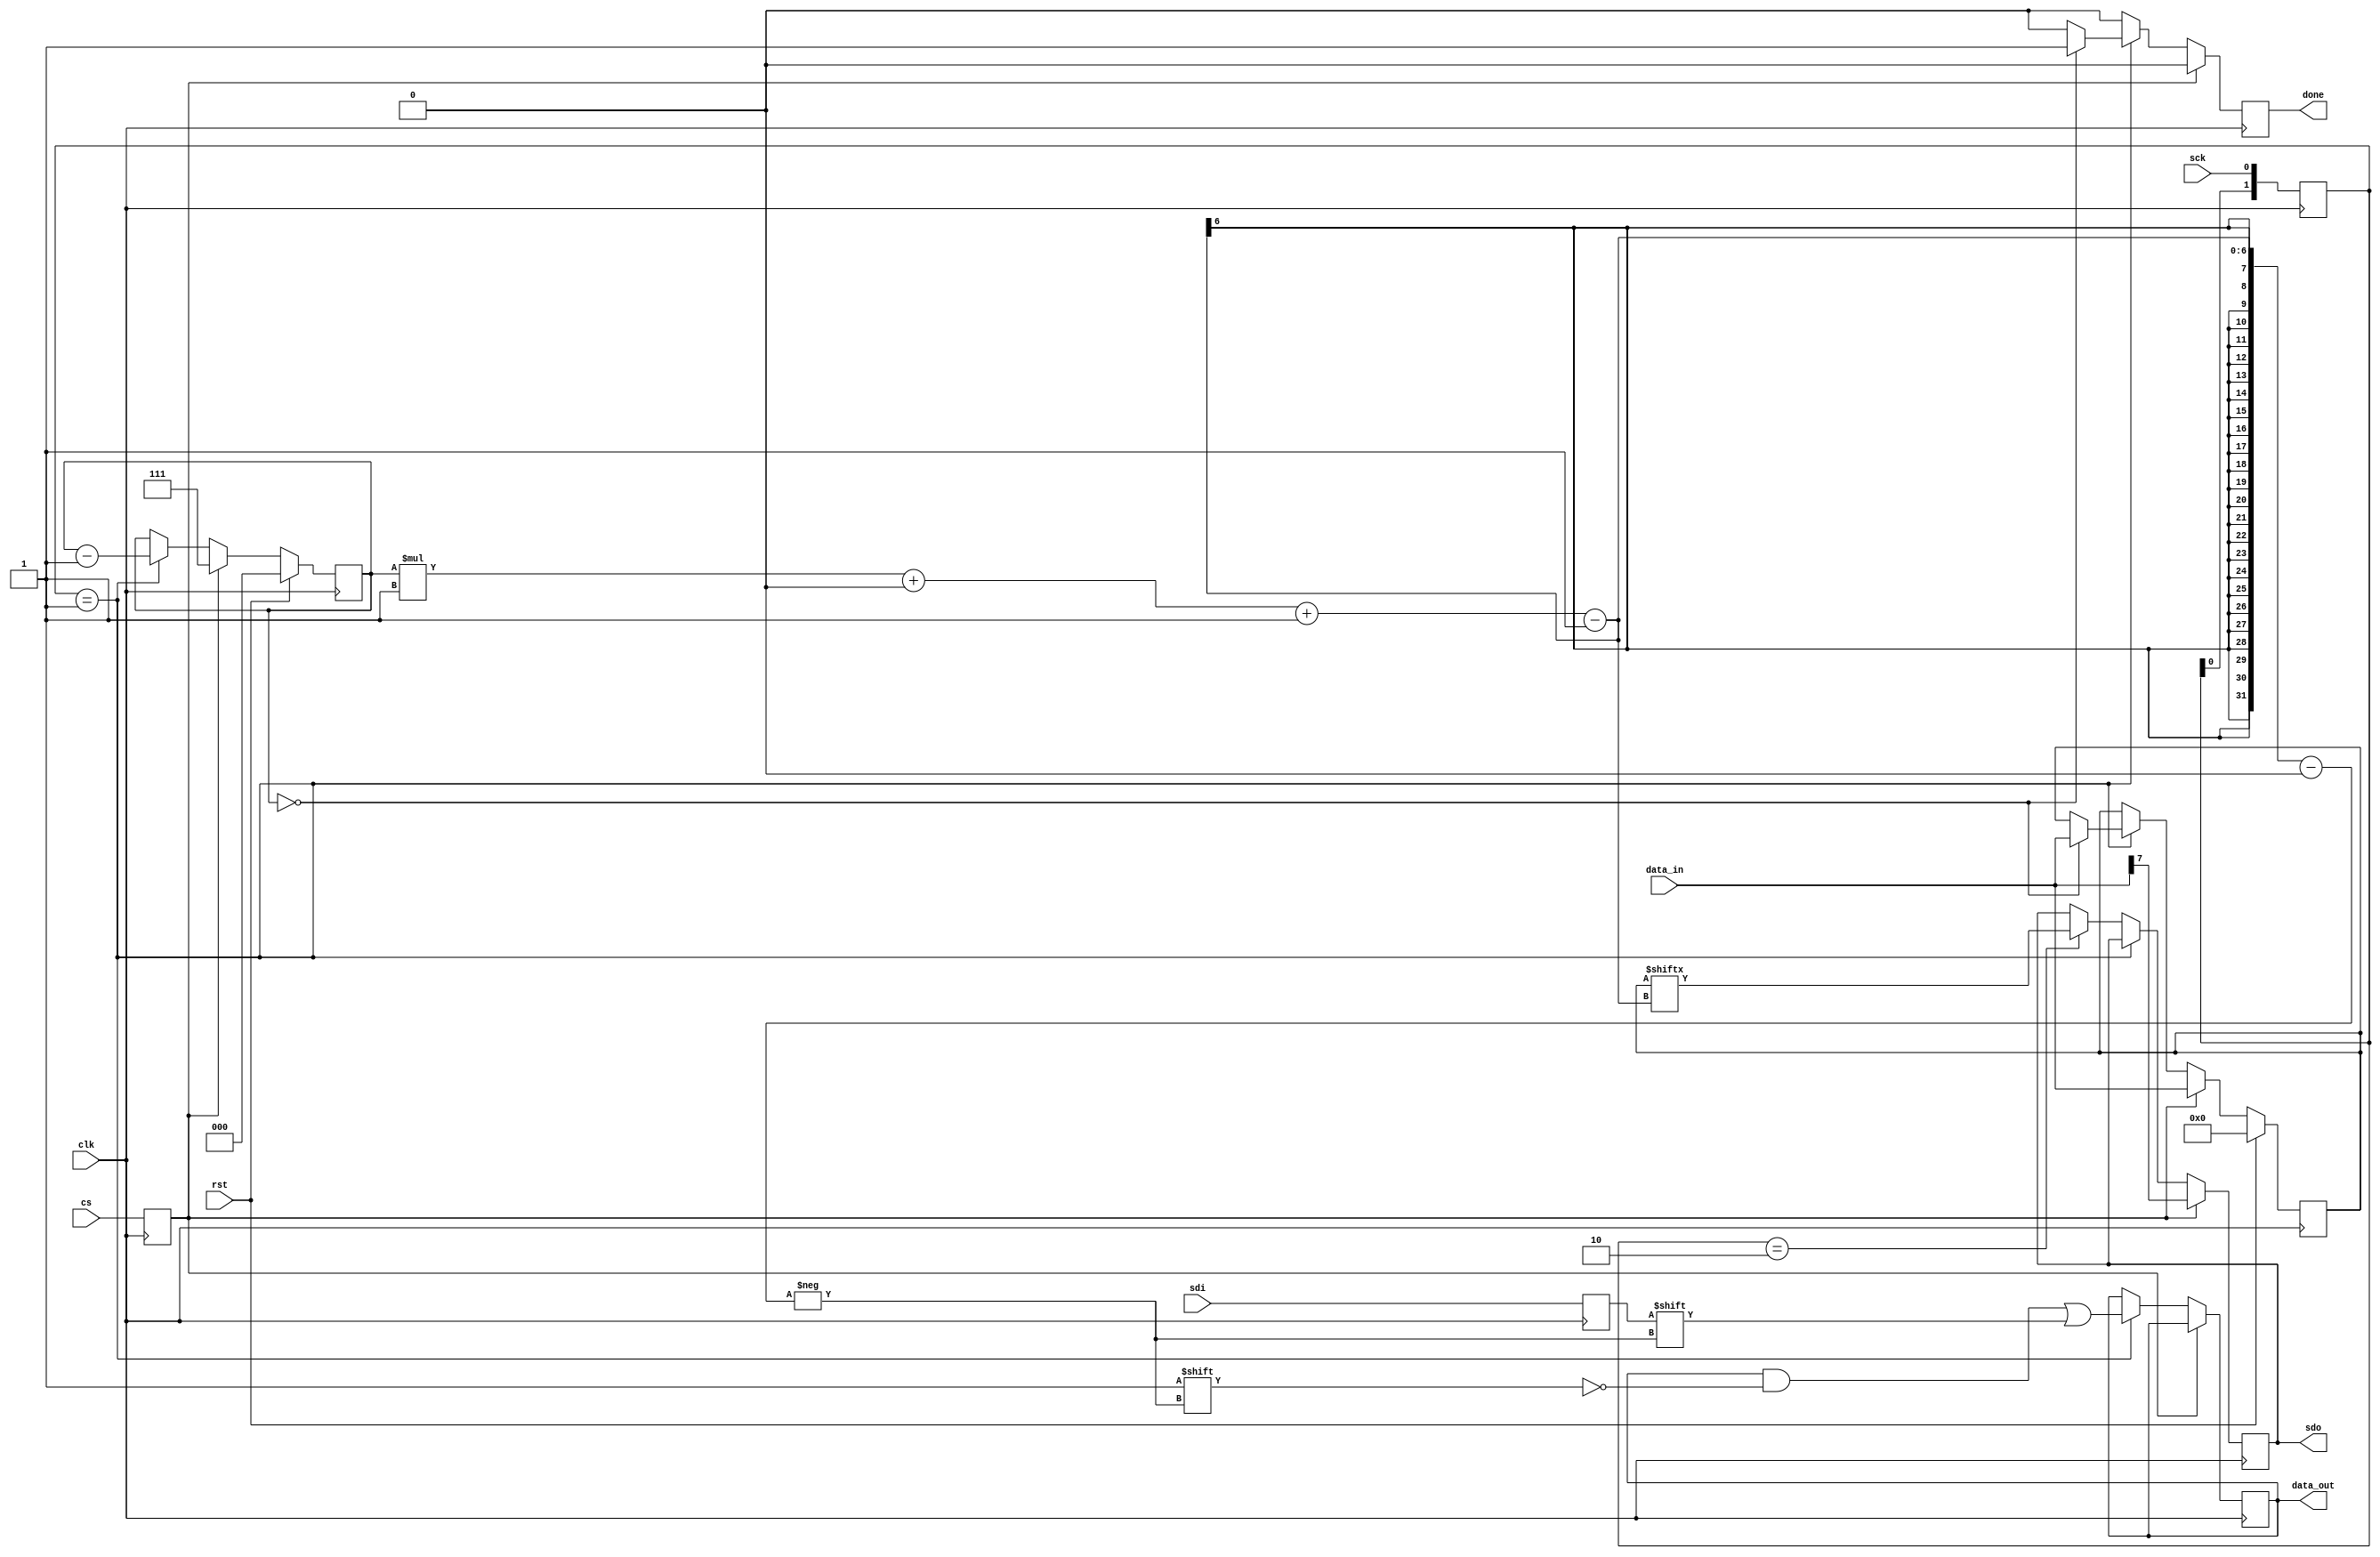
/*
   This file was generated automatically by Alchitry Labs version 1.2.7.
   Do not edit this file directly. Instead edit the original Lucid source.
   This is a temporary file and any changes made to it will be destroyed.
*/

/*
   Parameters:
     CPOL = 0
     CPHA = 0
*/
module spi_peripheral_4 (
    input clk,
    input rst,
    input cs,
    input sdi,
    output reg sdo,
    input sck,
    output reg done,
    input [7:0] data_in,
    output reg [7:0] data_out
  );
  
  localparam CPOL = 1'h0;
  localparam CPHA = 1'h0;
  
  
  reg [2:0] M_bit_ct_d, M_bit_ct_q = 1'h0;
  reg [7:0] M_data_d, M_data_q = 1'h0;
  reg M_sdi_reg_d, M_sdi_reg_q = 1'h0;
  reg M_sdo_reg_d, M_sdo_reg_q = 1'h0;
  reg [1:0] M_sck_reg_d, M_sck_reg_q = 1'h0;
  reg M_cs_reg_d, M_cs_reg_q = 1'h0;
  reg [7:0] M_data_out_reg_d, M_data_out_reg_q = 1'h0;
  reg M_done_reg_d, M_done_reg_q = 1'h0;
  
  always @* begin
    M_cs_reg_d = M_cs_reg_q;
    M_data_d = M_data_q;
    M_data_out_reg_d = M_data_out_reg_q;
    M_sdi_reg_d = M_sdi_reg_q;
    M_sdo_reg_d = M_sdo_reg_q;
    M_bit_ct_d = M_bit_ct_q;
    M_sck_reg_d = M_sck_reg_q;
    M_done_reg_d = M_done_reg_q;
    
    sdo = M_sdo_reg_q;
    done = M_done_reg_q;
    data_out = M_data_out_reg_q;
    M_cs_reg_d = cs;
    M_sdi_reg_d = sdi;
    M_sck_reg_d = {M_sck_reg_q[0+0-:1], sck};
    M_done_reg_d = 1'h0;
    if (M_cs_reg_q) begin
      M_bit_ct_d = 3'h7;
      M_data_d = data_in;
      M_sdo_reg_d = data_in[7+0-:1];
    end else begin
      if (M_sck_reg_q == 2'h1) begin
        M_data_out_reg_d[(M_bit_ct_q)*1+0-:1] = M_sdi_reg_q;
        M_bit_ct_d = M_bit_ct_q - 1'h1;
        if (M_bit_ct_q == 1'h0) begin
          M_done_reg_d = 1'h1;
          M_data_d = data_in;
        end
      end else begin
        if (M_sck_reg_q == 2'h2) begin
          M_sdo_reg_d = M_data_q[(M_bit_ct_q)*1+0-:1];
        end
      end
    end
  end
  
  always @(posedge clk) begin
    if (rst == 1'b1) begin
      M_bit_ct_q <= 1'h0;
      M_data_q <= 1'h0;
    end else begin
      M_bit_ct_q <= M_bit_ct_d;
      M_data_q <= M_data_d;
    end
    
    M_sdi_reg_q <= M_sdi_reg_d;
    M_sdo_reg_q <= M_sdo_reg_d;
    M_sck_reg_q <= M_sck_reg_d;
    M_cs_reg_q <= M_cs_reg_d;
    M_data_out_reg_q <= M_data_out_reg_d;
    M_done_reg_q <= M_done_reg_d;
  end
  
endmodule